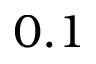
0 . 1